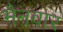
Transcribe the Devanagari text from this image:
भैनवार